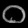
Digit: ၀